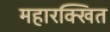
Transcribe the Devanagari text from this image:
महारक्खित